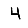
Digit: 4